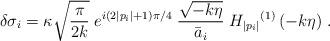
LaTeX: \begin{align*}\delta\sigma_i =\kappa\sqrt{\frac{\pi}{2k}}\; e^{i(2|p_i|+1)\pi/4}\;\frac{\sqrt{-k\eta}}{\bar{a}_i}\;{H_{|p_i|}}^{(1)}\left(-k\eta\right) \,.\end{align*}